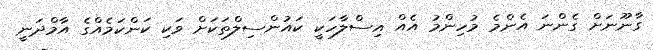
ގާނޫނަށް ގެންނަ އެންމެ މުހިންމު އެއް އިސްލާހަކީ ކައުންސިލްތަކަށް ވަކި ކަންކަމެއްގެ އާމްދަނީ